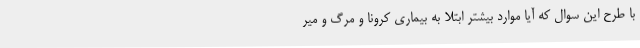
با طرح این سوال که آیا موارد بیشتر ابتلا به بیماری کرونا و مرگ و میر